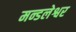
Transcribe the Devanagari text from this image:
मन्डलेश्वर